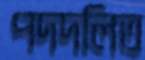
পদদলিত